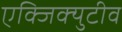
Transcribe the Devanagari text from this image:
एक्जिक्युटीव